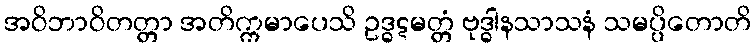
အဝိဘာဝိတတ္တာ အတိက္ကမာပေသိ ဥဒ္ဓဋမတ္တံ ဗုဒ္ဓါနသာသနံ သမပ္ပိတောတိ